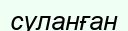
суланған